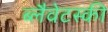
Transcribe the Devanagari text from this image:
ब्लैवेटस्की